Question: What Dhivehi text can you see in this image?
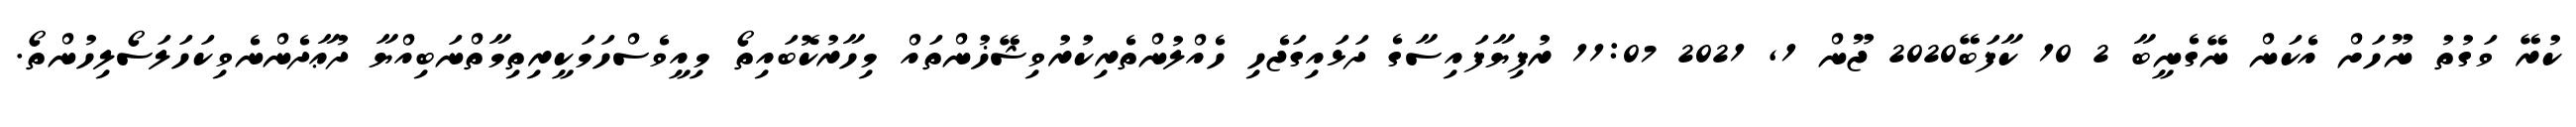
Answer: ކުރޭ ވަގުތު ނޫހަށް އެކަން ނޭގެނީބާ 2 10 ކާފަބޭ2020 ޖޫން 1, 2021 11:07 ރުފިޔާފައިސާގެ ދަޅައިގަޖެހި ހެއްލުންތެރިކުރުވިޝޭޚުންތައް މިހާރުކޮބައިތޯ މިއީވެސްހަމަކީރިތިމާތްނަބިއްޔާ ދުޢާދެންނެވިކަހަލަސޯލިހުންތޯ.